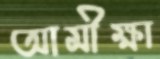
আমীক্ষা